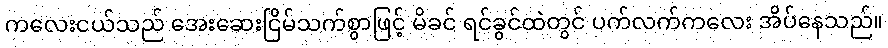
ကလေးငယ်သည် အေးဆေးငြိမ်သက်စွာဖြင့် မိခင် ရင်ခွင်ထဲတွင် ပက်လက်ကလေး အိပ်နေသည်။